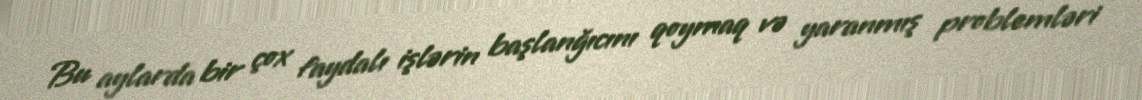
Bu aylarda bir çox faydalı işlərin başlanğıcını qoymaq və yaranmış problemləri